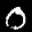
Label: 0